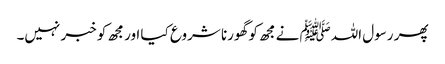
پھر رسول اللہﷺ نے مجھ کو گھورنا شروع کیا اور مجھ کو خبر نہیں۔